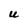
Character: U